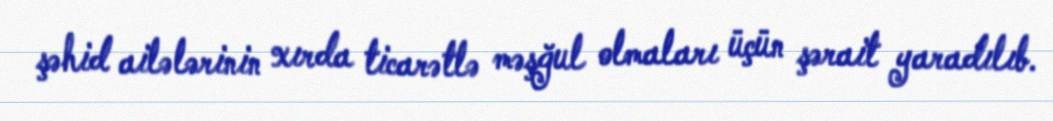
şəhid ailələrinin xırda ticarətlə məşğul olmaları üçün şərait yaradılıb.